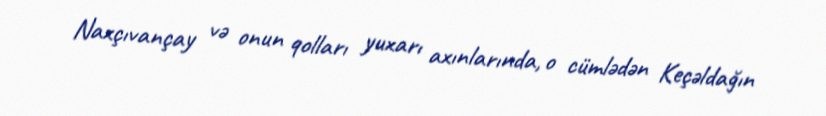
Naxçıvançay və onun qolları yuxarı axınlarında, o cümlədən Keçəldağın